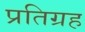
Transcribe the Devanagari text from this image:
प्रतिग्रह